341_110448_Records_Relating_to_the_Collection_and_Dissemination_of_Intelligence_1948-1955-TS_CONT_No.2_2-5300-2-5399
Agency: Department of War
Incident date: 11/8/48
Incident location: Netherlands
Page 1
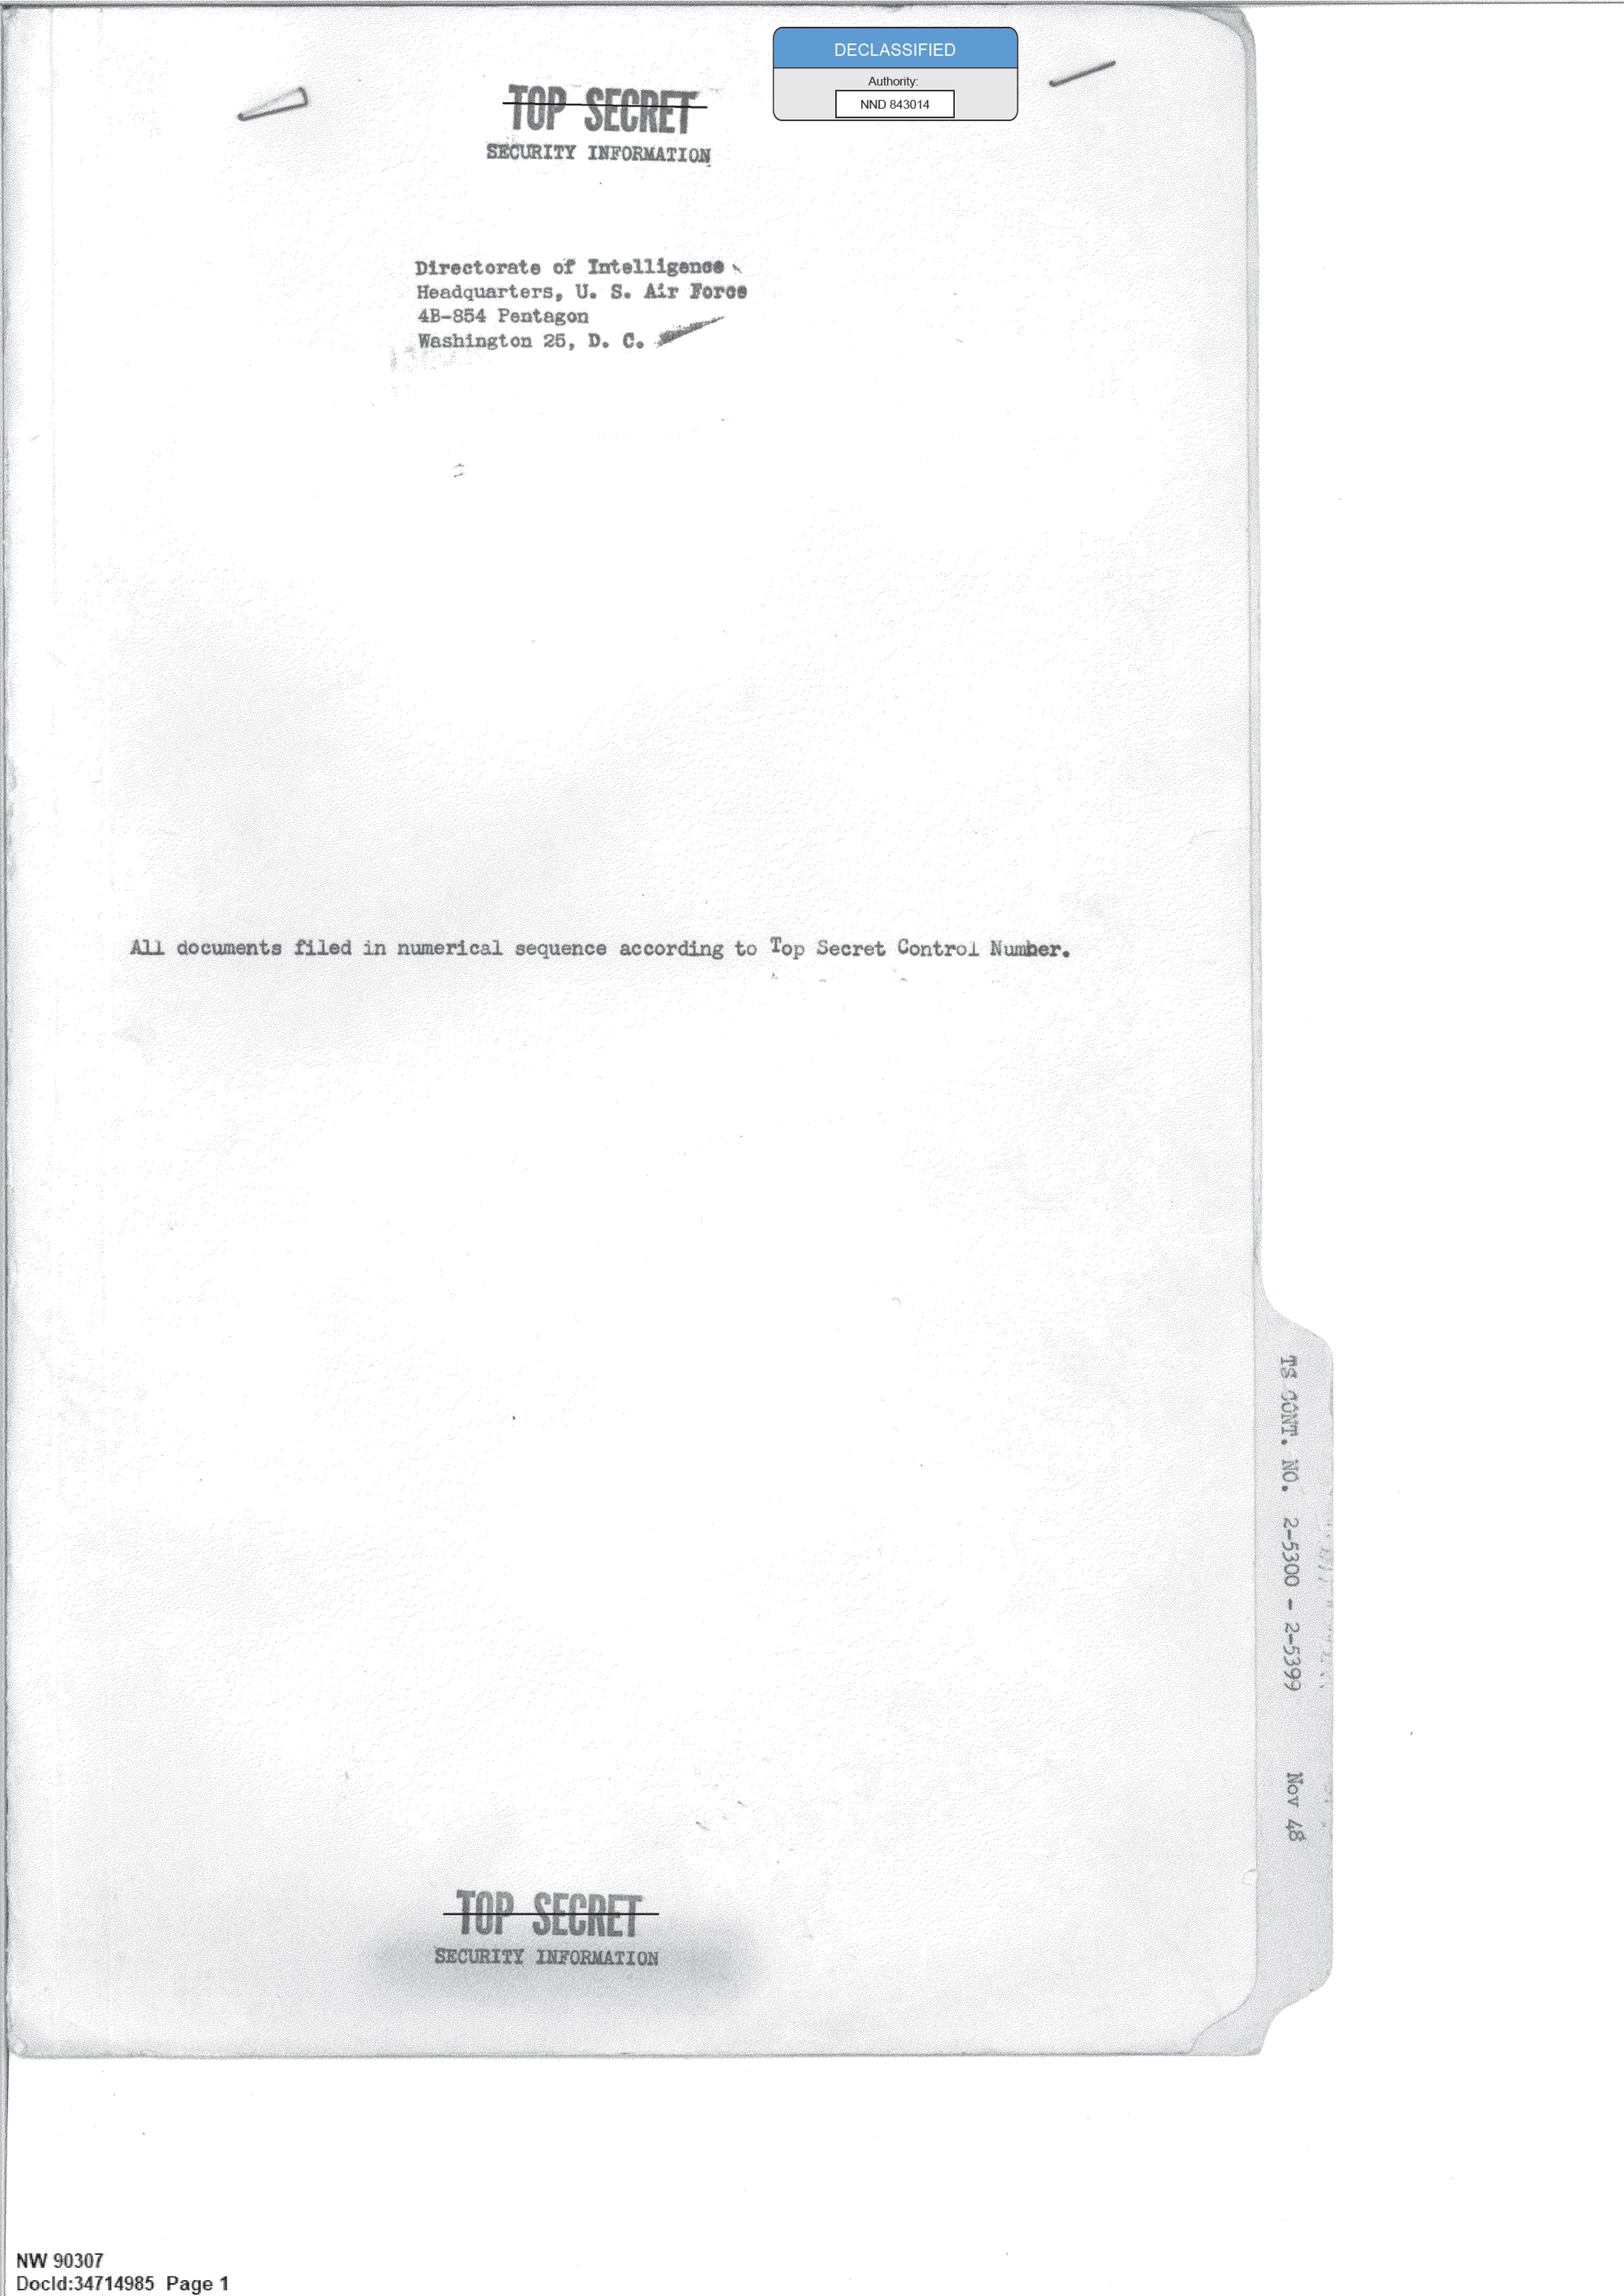